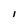
Character: I